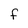
Character: F